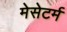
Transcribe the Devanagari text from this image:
मेसेटर्म